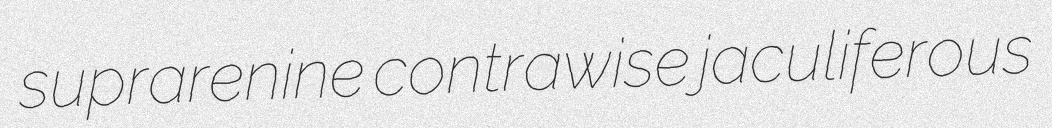
suprarenine contrawise jaculiferous